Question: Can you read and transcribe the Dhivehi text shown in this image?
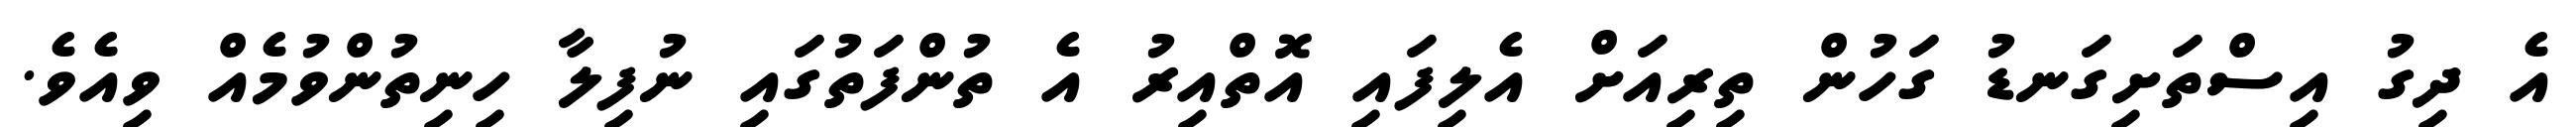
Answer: އެ ދިގު އިސްތަށިގަނޑު ގަހުން ތިރިއަށް އެލިފައި އޮތްއިރު އެ ތުންފަތުގައި ނުފިލާ ހިނިތުންވުމެއް ވިއެވެ.